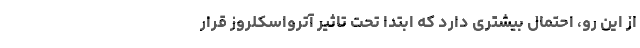
از این رو، احتمال بیشتری دارد که ابتدا تحت تاثیر آترواسکلروز قرار